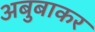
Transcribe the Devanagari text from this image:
अबुबाकर